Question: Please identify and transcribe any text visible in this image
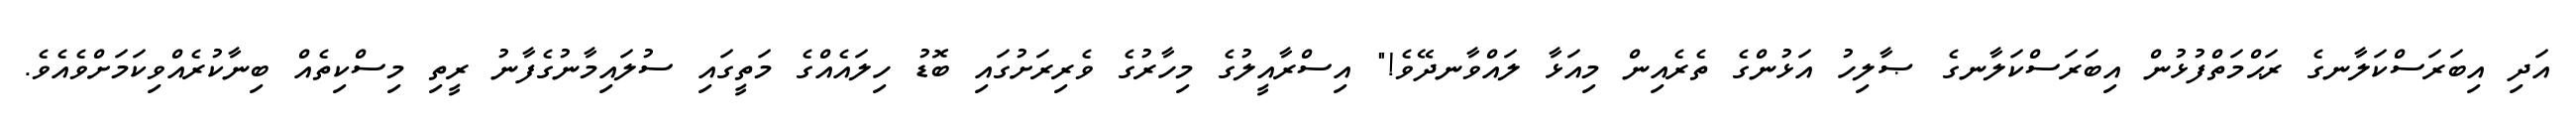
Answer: އަދި އިބަރަސްކަލާނގެ ރަޙްމަތްފުޅުން އިބަރަސްކަލާނގެ ޞާލިހު އަޅުންގެ ތެރެއިން މިއަޅާ ލައްވާނދޭވެ!" އިސްރާއީލުގެ މިހާރުގެ ވެރިރަށުގައި ބޮޑު ހިލައެއްގެ މަތީގައި ސުލައިމާނުގެފާނު ރީތި މިސްކިތެއް ބިނާކުރެއްވިކަމަށްވެއެވެ.